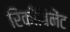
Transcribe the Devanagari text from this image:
रिकाँबिनेंट